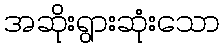
အဆိုးရွားဆုံးသော